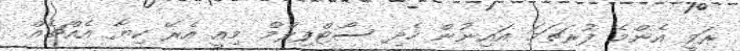
ރަވީ އެންމެ ފުރަތަމަ އައިނުން ހެދި ސޯޓްފިލްމް މިއީ އެރޭ ކިޔާ އެއްޗެއް.